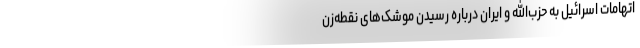
اتهامات اسرائیل به حزب‌الله و ایران درباره رسیدن موشک‌های نقطه‌زن